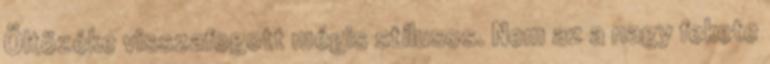
Öltözéke visszafogott mégis stílusos. Nem az a nagy fekete